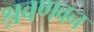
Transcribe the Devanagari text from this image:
श्रवणवन